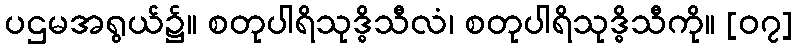
ပဌမအရွယ်၌။ စတုပါရိသုဒ္ဓိသီလံ၊ စတုပါရိသုဒ္ဓိသီကို။ [၀၇]